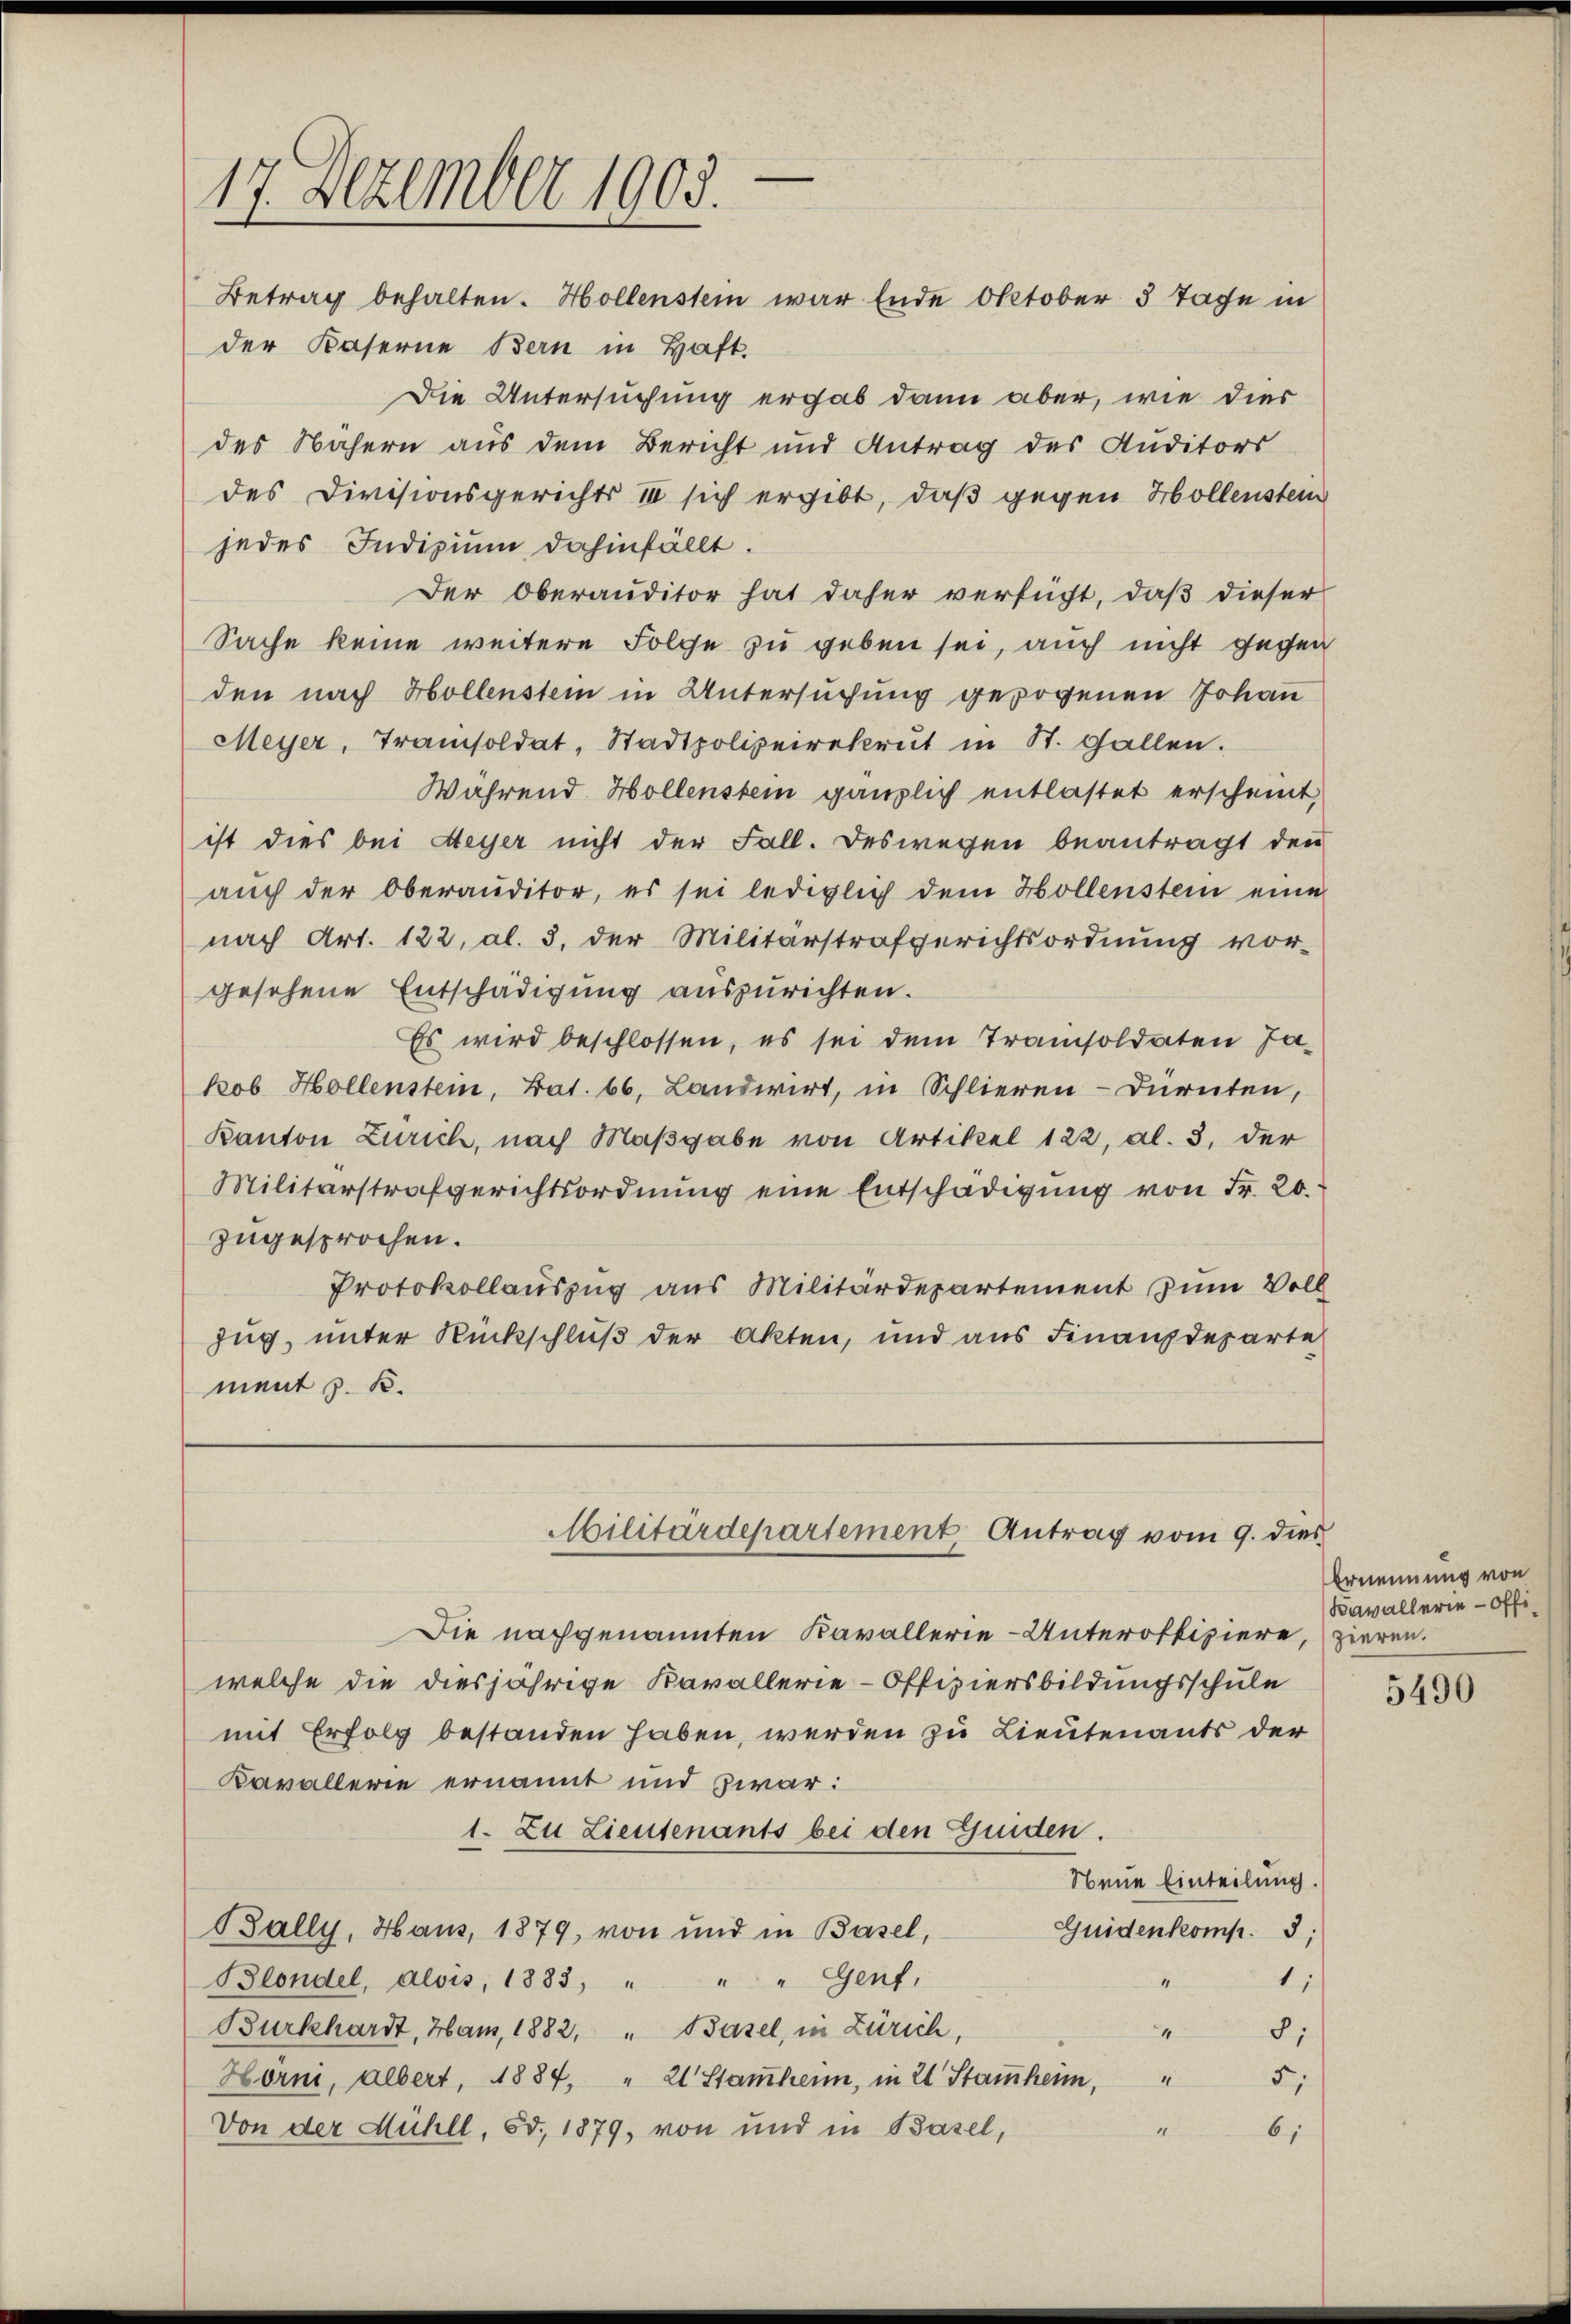
17. Dezember 1903.

Betrag behalten. Hollenstein war Ende Oktober 3 Tage in
der Kaserne Bern in Haft.
Die Untersuchung ergab dann aber, wie dies
des Nähern aus dem Bericht und Antrag des Studitors
des Divisionsgerichts II sich ergibt, daß gegen Hollenstein
jedes Indizium dahinfällt.
Der Oberauditor hat daher versucht, daß dieser
Sache keine weitere Folge zu geben sei, auch nicht gegen
den nach Hollenstein in Untersuchung gezogenen Johan
Meyer, Tramisoldat, Stadtpolizeirekrut in St. Gallen.
Während Hollenstein gänzlich entlastet erscheint,
ist dies bei Meyer nicht der Fall. Deswegen beantragt den
auch der Oberauditor, es sei lediglich dem Hollenstein eine
nach Art. 122, Al. 3. der Militärstrafgerichtsordnung vor-
gesehene Entschädigung auszurichten.
Es wird beschlossen, es sei dem Tramisoldaten Ja-
kob Hollenstein, Bat. 66. Landwirt, in Schlieren-Dürnten,
Kanton Zürich, nach Maßgabe von Artikel 122, Al. 3, der
Militärstrafgerichtsordnung eine Entschädigung von Fr. 20.
zugesprochen.
Protokollauszug aus Militärdepartement zum Voll
zug, unter Rückschluß der Akten, und aus Finanzdeparte
ment z. B.
Militärdepartement Antrag vom 9. dies
Die nachgenannten Kavallerie-Unteroffiziere,
welche die diesjährige Kavallerie-Offiziersbildungsschule
mit Erfolg bestanden haben, werden zu Lieutenants der
Kavallerie ernannt und zwar:
1. Zu Lieutenants bei den Guiden.
Neue Einteilung.
Bally, Haus, 1879, von und in Basel,
Guidenkomp. 3;
1
Blondel, Alois, 1883, " " " Genf,
Burkhardt, Haus, 1882, " Basel, in Zürich,
4
8;
5
Hörni, albert, 1884, " 21 Stammheim, in 21 Stammheim, "
2
Von der Mühll, od. 1879, von und in Basel,
6,

Ernennung von
Kavallerie-Offizieren.

5490